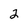
Character: 2